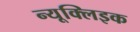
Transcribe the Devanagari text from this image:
न्यूक्लिइक